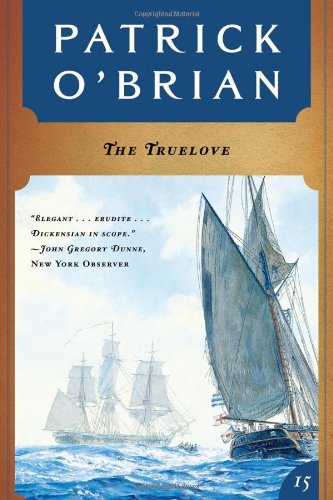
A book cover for The Truelove (Aubrey / Maturin Novels, Vol. 15); Patrick O'Brian; Literature & Fiction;